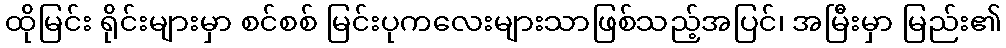
ထိုမြင်း ရိုင်းများမှာ စင်စစ် မြင်းပုကလေးများသာဖြစ်သည့်အပြင်၊ အမြီးမှာ မြည်း၏